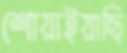
শোয়াইয়াছি